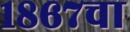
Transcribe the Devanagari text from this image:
१८६७चा